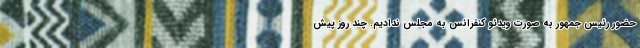
حضور رئیس جمهور به صورت ویدئو کنفرانس به مجلس ندادیم. چند روز پیش